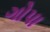
ગોપા